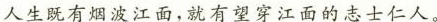
人生既有烟波江面，就有望穿江面的志士仁人。